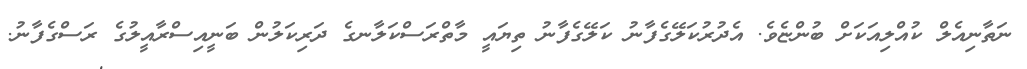
ނަތާނިއެލް ކުއްލިއަކަށް ބުންޏެވެ. އެދުރުކަލޭގެފާނު ކަލޭގެފާނު ތިޔައީ މާތްރަސްކަލާނގެ ދަރިކަލުން ބަނީއިސްރާއީލުގެ ރަސްގެފާނު.